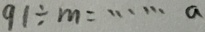
9 1 \div m = \cdots a